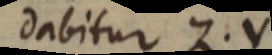
dabitur Z. V